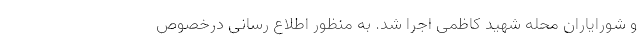
و شورایاران محله شهید کاظمی اجرا شد. به منظور اطلاع رسانی درخصوص